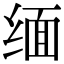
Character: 缅